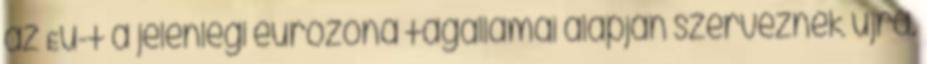
az Eu-t a jelenlegi eurózóna tagállamai alapján szerveznék újra.